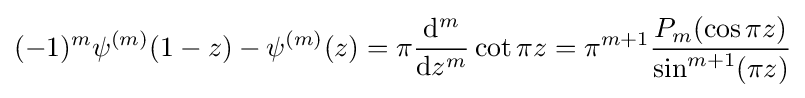
(-1)^{m}\psi ^{(m)}(1-z)-\psi ^{(m)}(z)=\pi {\frac {\mathrm {d} ^{m}}{\mathrm {d} z^{m}}}\cot {\pi z}=\pi ^{m+1}{\frac {P_{m}(\cos {\pi z})}{\sin ^{m+1}(\pi z)}}